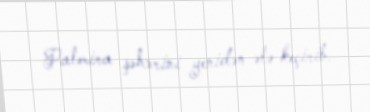
Palmira şəhərini yenidən ələ keçirib.